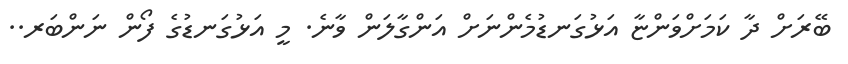
ބޭރަށް ދާ ކަމަށްވަންޏާ އަޅުގަނޑުމެންނަށް އަންގާލަން ވާނެ. މީ އަޅުގަނޑުގެ ފޯން ނަންބަރ..